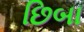
છિબા